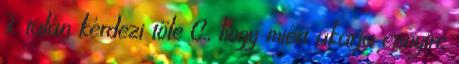
3. talán kérdezi tőle C., hogy miért akarja ennyire